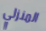
المنزلي